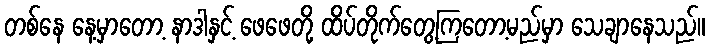
တစ်နေ နေ့မှာတော့ နာဒါနှင့် ဖေဖေတို့ ထိပ်တိုက်တွေ့ကြတော့မည်မှာ သေချာနေသည်။